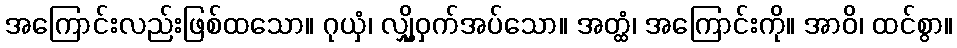
အကြောင်းလည်းဖြစ်ထသော။ ဂုယှံ၊ လျှို့ဝှက်အပ်သော။ အတ္ထံ၊ အကြောင်းကို။ အာဝိ၊ ထင်စွာ။